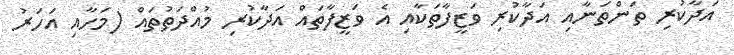
އަދާކުރި ތަންތަނާއި އަދާކުރި ވަޒީފާތަކާއި އެ ވަޒީފާތައް އަދާކުރި މުއްދަތުތައް (މަހާއި އަހަރު